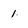
Character: 1